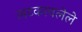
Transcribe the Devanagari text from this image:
लटकावलेले